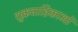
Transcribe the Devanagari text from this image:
शुक्रवाहिकाओं